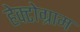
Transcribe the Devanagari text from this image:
हेक्टोग्राम